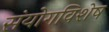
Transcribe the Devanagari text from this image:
संयोगविशेष